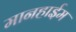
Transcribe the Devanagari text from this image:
मानहाईम